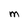
Character: M